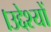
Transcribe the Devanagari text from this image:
।उद्देश्यों